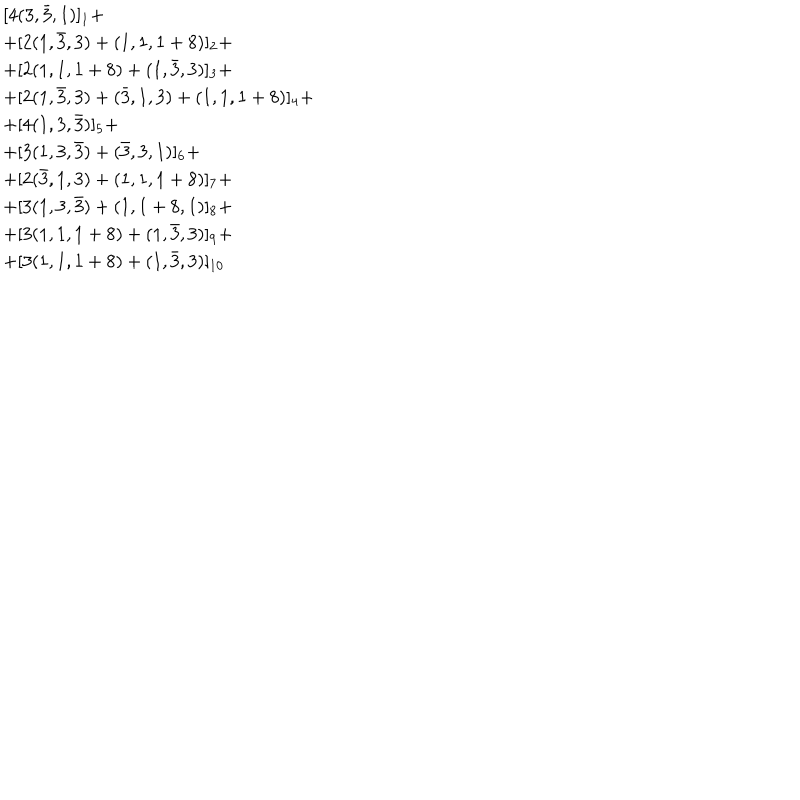
\begin{array} { l } { { [ 4 ( 3 , \bar { 3 } , 1 ) ] _ { 1 } + } } \\ { { + [ 2 ( 1 , \bar { 3 } , 3 ) + ( 1 , 1 , 1 + 8 ) ] _ { 2 } + } } \\ { { + [ 2 ( 1 , 1 , 1 + 8 ) + ( 1 , \bar { 3 } , 3 ) ] _ { 3 } + } } \\ { { + [ 2 ( 1 , \bar { 3 } , 3 ) + ( \bar { 3 } , 1 , 3 ) + ( 1 , 1 , 1 + 8 ) ] _ { 4 } + } } \\ { { + [ 4 ( 1 , 3 , \bar { 3 } ) ] _ { 5 } + } } \\ { { + [ 3 ( 1 , 3 , \bar { 3 } ) + ( \bar { 3 } , 3 , 1 ) ] _ { 6 } + } } \\ { { + [ 2 ( \bar { 3 } , 1 , 3 ) + ( 1 , 1 , 1 + 8 ) ] _ { 7 } + } } \\ { { + [ 3 ( 1 , 3 , \bar { 3 } ) + ( 1 , 1 + 8 , 1 ) ] _ { 8 } + } } \\ { { + [ 3 ( 1 , 1 , 1 + 8 ) + ( 1 , \bar { 3 } , 3 ) ] _ { 9 } + } } \\ { { + [ 3 ( 1 , 1 , 1 + 8 ) + ( 1 , \bar { 3 } , 3 ) ] _ { 1 0 } } } \\ \end{array}